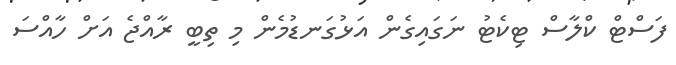
ފަސްޓް ކްލާސް ޓިކެޓު ނަގައިގެން އަޅުގަނޑުމެން މި ތިބީ ރާއްޖެ އަށް ހާއްސަ